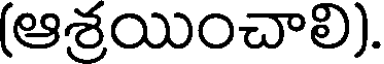
(ఆశ్రయించాలి).